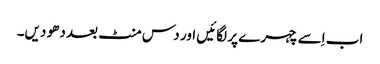
اب اِسے چہرے پر لگائیں اور دس منٹ بعد دھو دیں۔